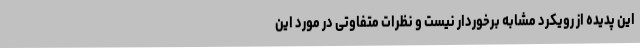
این پدیده از رویکرد مشابه برخوردار نیست و نظرات متفاوتی در مورد این